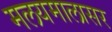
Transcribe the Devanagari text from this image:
मलयमालासर